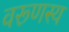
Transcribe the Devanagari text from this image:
वरूणस्य